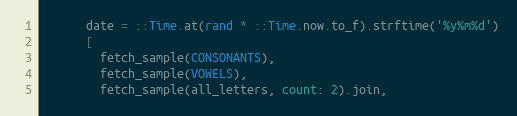
Language: Ruby
      date = ::Time.at(rand * ::Time.now.to_f).strftime('%y%m%d')
      [
        fetch_sample(CONSONANTS),
        fetch_sample(VOWELS),
        fetch_sample(all_letters, count: 2).join,